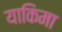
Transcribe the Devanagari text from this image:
याकिमा